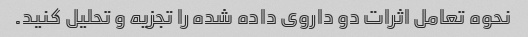
نحوه تعامل اثرات دو داروی داده شده را تجزیه و تحلیل کنید.